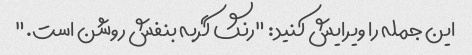
این جمله را ویرایش کنید: "رنگ گربه بنفش روشن است."